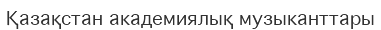
Қазақстан академиялық музыканттары